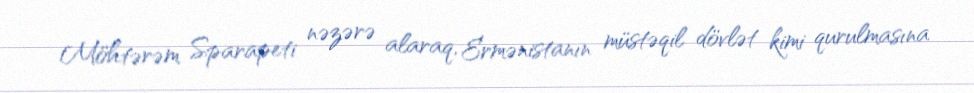
Möhtərəm Sparapeti nəzərə alaraq, Ermənistanın müstəqil dövlət kimi qurulmasına